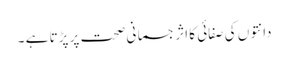
دانتوں کی صفائی کا اثر جسمانی صحت پر پڑتا ہے ۔